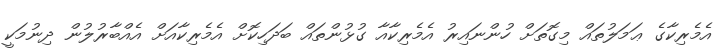
އެމެރިކާގެ ޢަމަލުތައް މިގޮތަށް ހުންނައިރު އެެމެރިކާއާ ގުޅުންތައް ބަދަހިކޮށް އެމެރިކާއަށް އެއްބާރުލުން ދިނުމަކީ